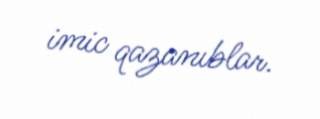
imic qazanıblar.